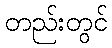
တည်းတွင်